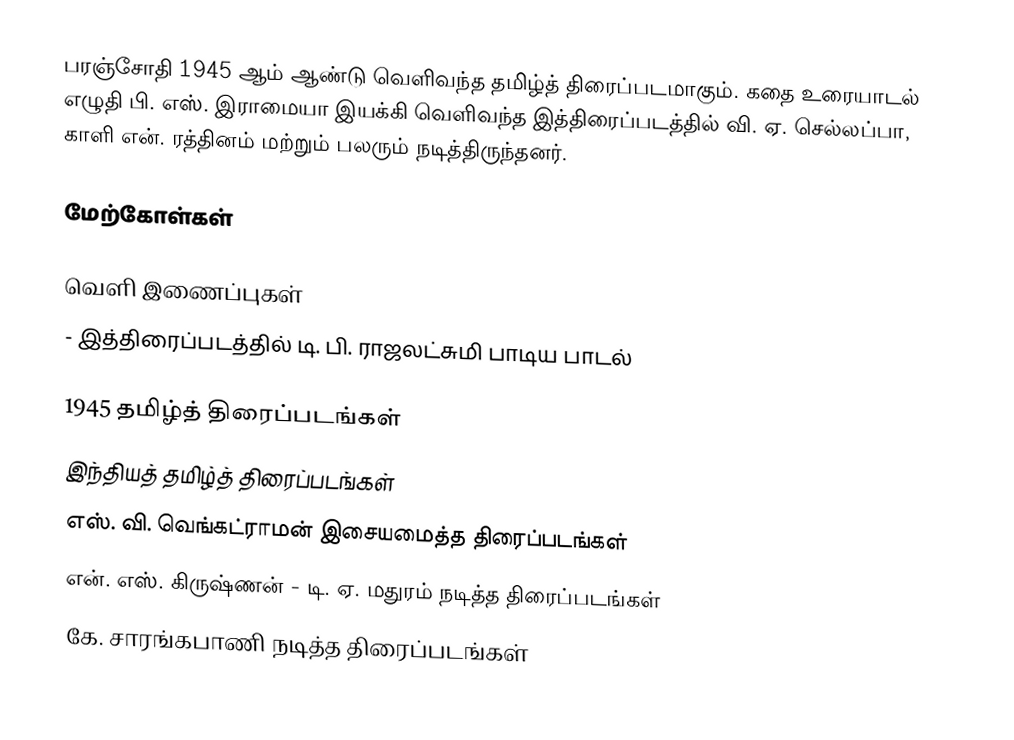
பரஞ்சோதி 1945 ஆம் ஆண்டு வெளிவந்த தமிழ்த் திரைப்படமாகும். கதை உரையாடல் எழுதி பி. எஸ். இராமையா இயக்கி வெளிவந்த இத்திரைப்படத்தில் வி. ஏ. செல்லப்பா, காளி என். ரத்தினம் மற்றும் பலரும் நடித்திருந்தனர்.

மேற்கோள்கள்

வெளி இணைப்புகள்
 - இத்திரைப்படத்தில் டி. பி. ராஜலட்சுமி பாடிய பாடல்

1945 தமிழ்த் திரைப்படங்கள்
இந்தியத் தமிழ்த் திரைப்படங்கள்
எஸ். வி. வெங்கட்ராமன் இசையமைத்த திரைப்படங்கள்
என். எஸ். கிருஷ்ணன் - டி. ஏ. மதுரம் நடித்த திரைப்படங்கள்
கே. சாரங்கபாணி நடித்த திரைப்படங்கள்